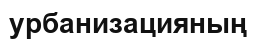
урбанизацияның